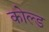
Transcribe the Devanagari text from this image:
कोल्‍ड